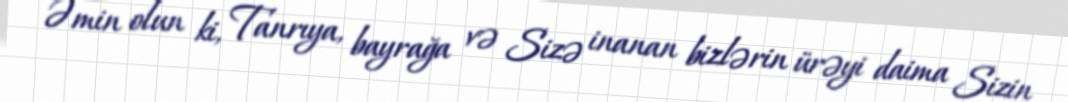
Əmin olun ki, Tanrıya, bayrağa və Sizə inanan bizlərin ürəyi daima Sizin